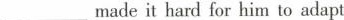
___madeit hard for him to adapt